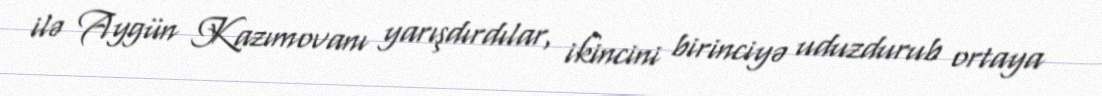
ilə Aygün Kazımovanı yarışdırdılar, ikincini birinciyə uduzdurub ortaya